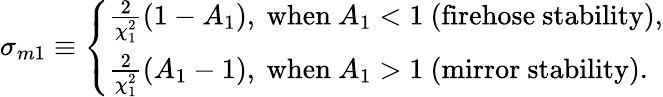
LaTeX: \sigma_{m1}\equiv\left\{ \begin{array}{l}{\frac{2}{\chi_{1}^{2}}(1-A_{1}),~\mathrm{when}~A_{1}<1~(\mathrm{firehose}~\mathrm{stability}),}\\ {\frac{2}{\chi_{1}^{2}}(A_{1}-1),~\mathrm{when}~A_{1}>1~(\mathrm{mirror}~\mathrm{stability}).}\end{array}\right.